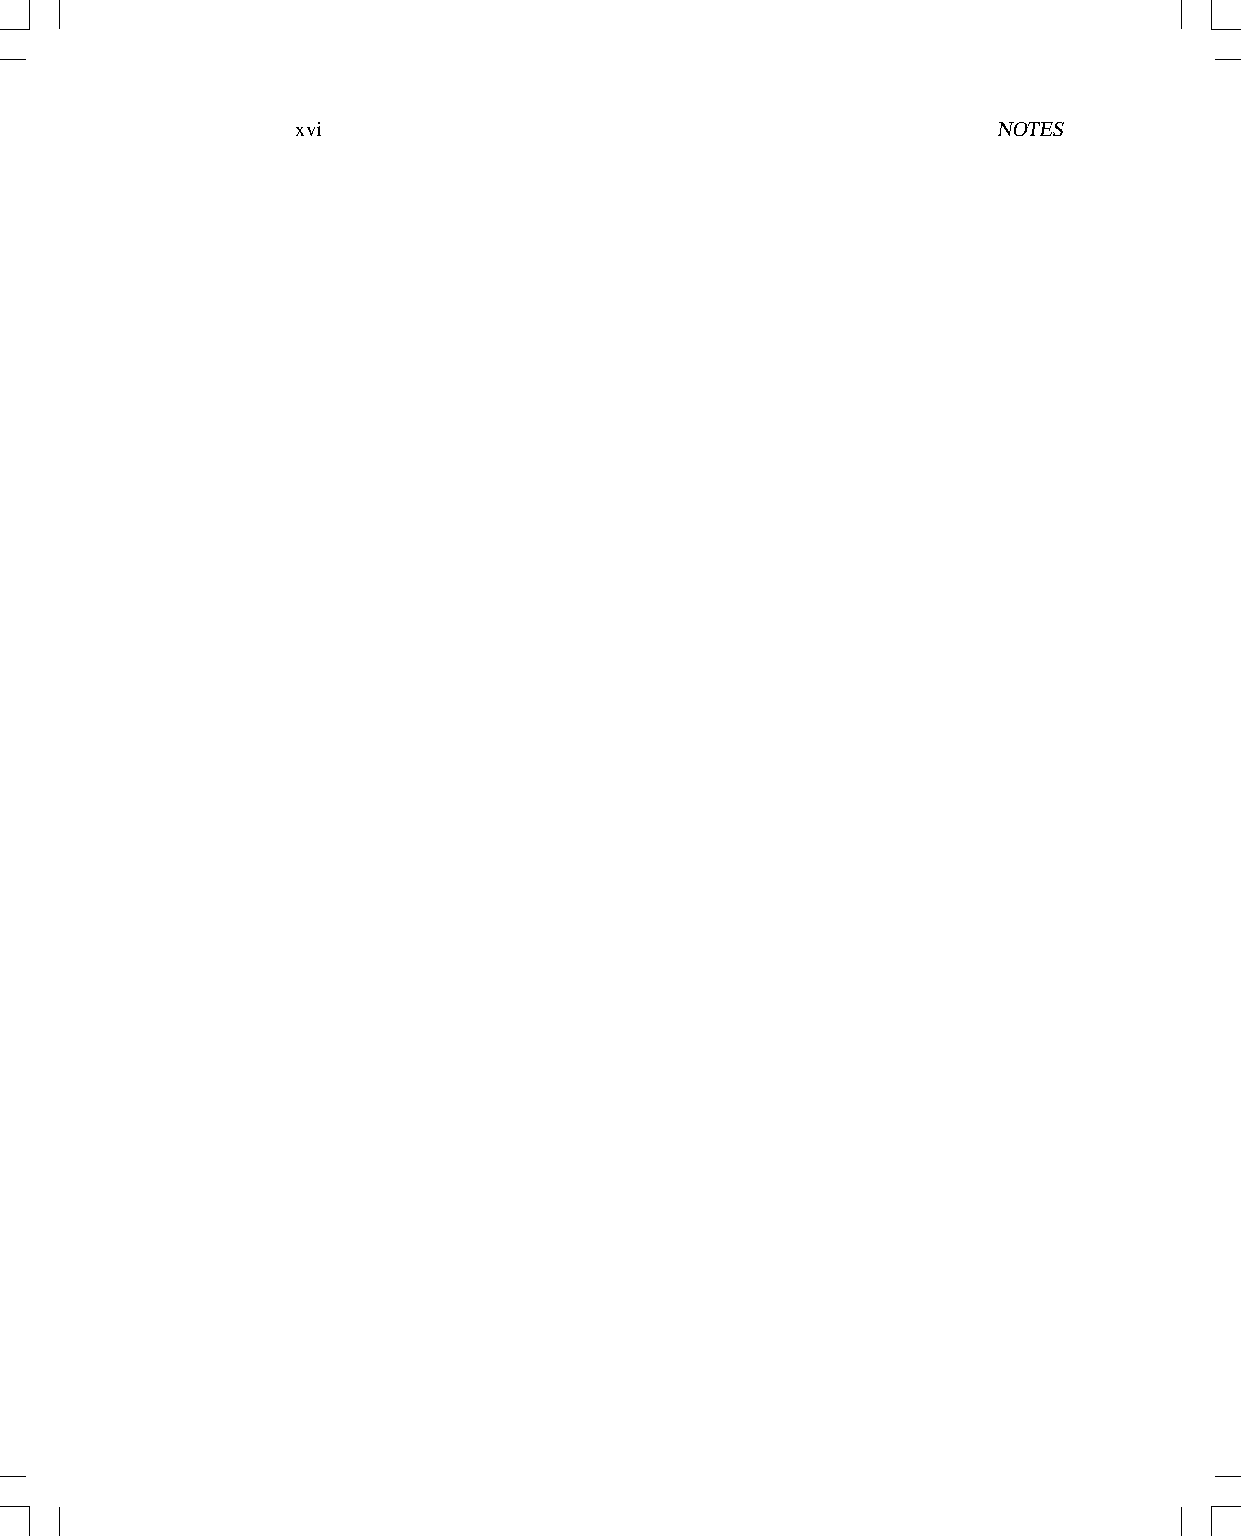
xvi                                           NOTES